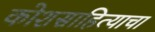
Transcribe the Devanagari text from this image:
कोशसाहित्याचा